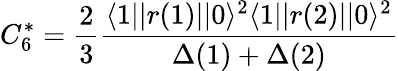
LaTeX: C_{6}^{*}=\frac{2}{3}\frac{\langle 1||r(1)||0\rangle^{2}\langle 1||r(2)||0\rangle^{2}}{\Delta(1)+\Delta(2)}